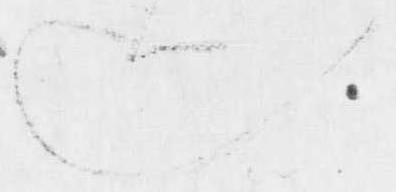
し